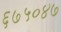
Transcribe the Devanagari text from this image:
६७५०४७